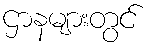
ဌာနများတွင်